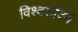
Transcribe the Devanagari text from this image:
विश्वसौंदर्य